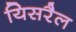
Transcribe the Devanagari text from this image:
यिसरैल